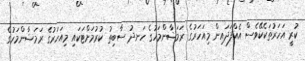
ކުރީ އަހަރުތަކެކޭވެސް އެއްފަދައިން މިއަހަރުގެ ރަމަޟާންމަހުގެ ހަނދު ސާބިތު ކުރުމަށްޓަކައި މިއަހަރުގެ ރަމަޟާންމަހުގެ